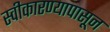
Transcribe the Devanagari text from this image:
स्वीकारण्यापासून